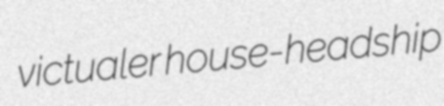
victualer house-headship